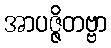
အာပဇ္ဇိတဗ္ဗာ